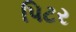
પિટર